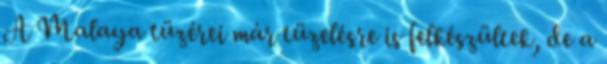
A Malaya tüzérei már tüzelésre is felkészültek, de a